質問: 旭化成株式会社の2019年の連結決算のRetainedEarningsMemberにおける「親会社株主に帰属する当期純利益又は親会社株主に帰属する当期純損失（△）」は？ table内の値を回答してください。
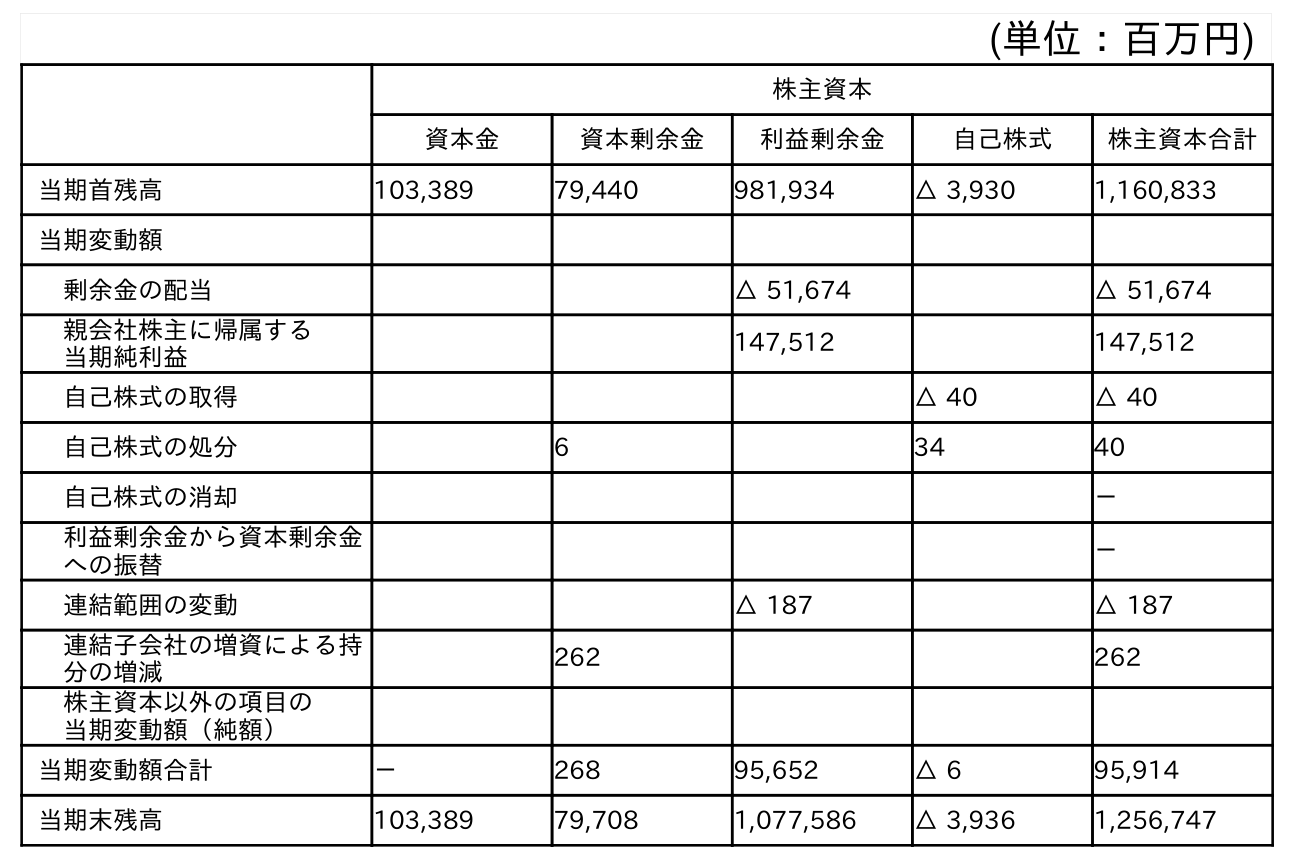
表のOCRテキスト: (単位：百万円) 株主資本 資本金 資本剰余金 利益剰余金 自己株式 株主資本合計 当期首残高 103,389 79,440 981,934 △ 3,930 1,160,833 当期変動額 剰余金の配当 △ 51,674 △ 51,674 親会社株主に帰属する 当期純利益 147,512 147,512 自己株式の取得 △ 40 △ 40 自己株式の処分 6 34 40 自己株式の消却 － 利益剰余金から資本剰余金 への振替 － 連結範囲の変動 △ 187 △ 187 連結子会社の増資による持 分の増減 262 262 株主資本以外の項目の 当期変動額（純額） 当期変動額合計 － 268 95,652 △ 6 95,914 当期末残高 103,389 79,708 1,077,586 △ 3,936 1,256,747
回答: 147,512